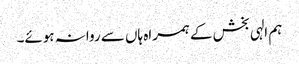
ہم الہی بخش کے ہمراہ ہاں سے روانہ ہوئے۔